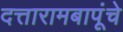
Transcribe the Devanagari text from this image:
दत्तारामबापूंचे